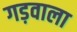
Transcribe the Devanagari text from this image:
गड़वाला